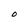
Character: O